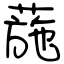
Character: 葹